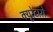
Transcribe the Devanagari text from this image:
क्यूरेटारो